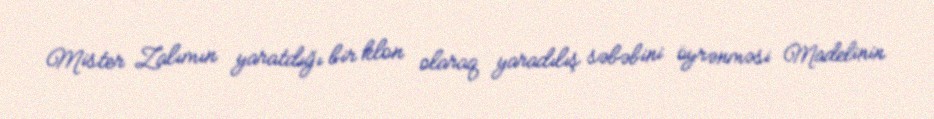
Mister Zalımın yaratdığı bir klon olaraq yaradılış səbəbini öyrənməsi Madelinin